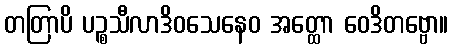
တတြာပိ ပဉ္စသီလာဒိဝသေနေဝ အတ္ထော ဝေဒိတဗ္ဗော။